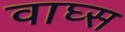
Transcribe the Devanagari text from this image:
वाघ्स